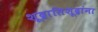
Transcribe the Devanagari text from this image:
शूद्रातिशूद्रांना